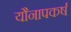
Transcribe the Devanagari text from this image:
यौनापकर्ष